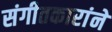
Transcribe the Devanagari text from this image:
संगीतकारांने